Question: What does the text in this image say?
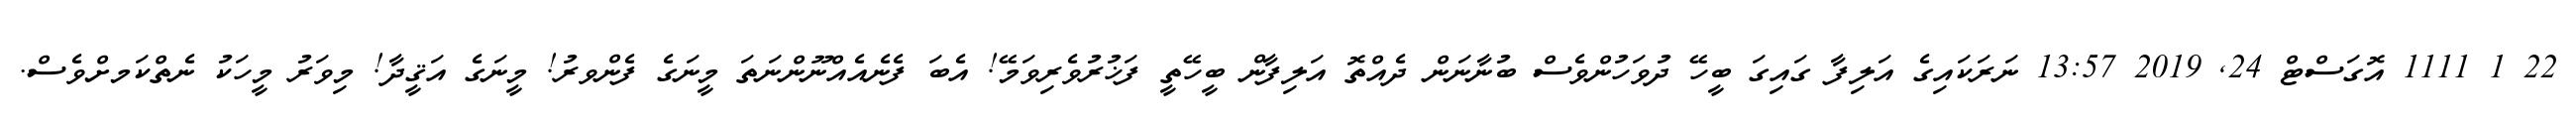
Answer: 22 1 1111 އޮގަސްޓް 24, 2019 13:57 ނަރަކައިގެ އަލިފާ ގައިގަ ބީހޭ ދުވަހުންވެސް ބުނާނަން ދެއްތޮ އަލިފާން ބީހޭތީ ފަޚުރުވެރިވަމޭ! އެބަ ފެނެއެއްނޫންނަތަ މީނަގެ ފެންވރު! މީނަގެ އަޤީދާ! މިވަރު މީހަކު ނެތްކަމށްވެސް.